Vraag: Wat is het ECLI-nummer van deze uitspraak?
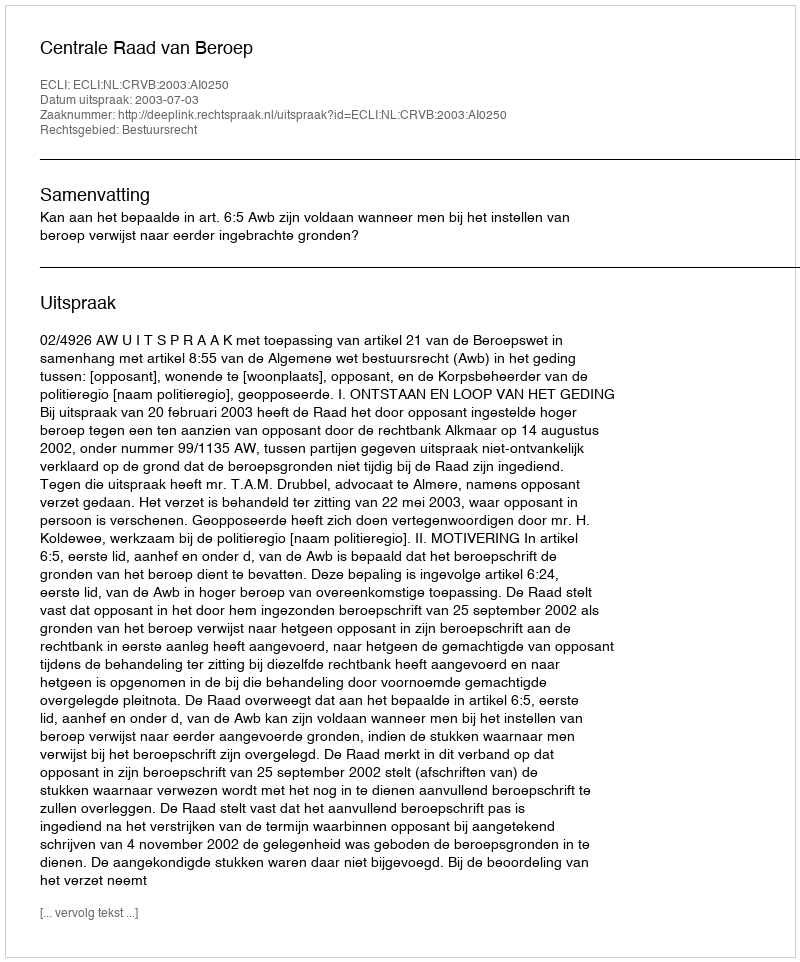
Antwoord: ECLI:NL:CRVB:2003:AI0250